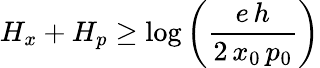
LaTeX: H_{x}+H_{p}\geq\log\left({\frac{e\, h}{2\, x_{0}\, p_{0}}}\right)